Vaccination Hyderabad 1890-1903 - 1890-1903
Year: 1890
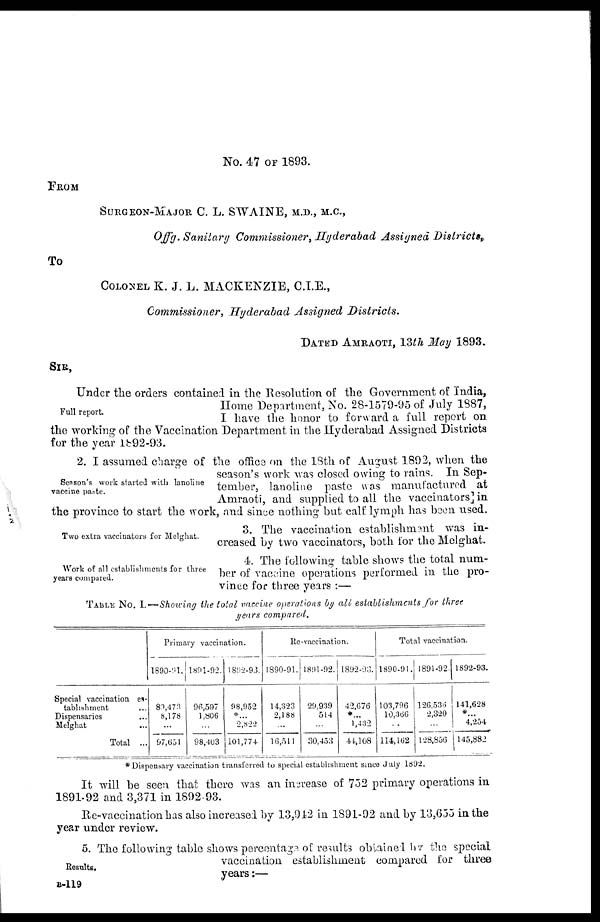
No. 47 OF 1893.
FROM
SURGEON-MAJOR C. L. SWAINE, M.D., M.C.,
Offg. Sanitary Commissioner, Hyderabad Assigned Districts,
To
COLONEL K. J. L. MACKENZIE, C.I.E.,
Commissioner, Hyderabad Assigned Districts.
DATED AMRAOTI, 13th May 1893.
SIR,
Full report.
Under the orders contained in the Resolution of the Government of India,
Home Department, No. 28-1579-95 of July 1887,
I have the honor to forward a full report on
the working of the Vaccination Department in the Hyderabad Assigned Districts
for the year 1892-93.
Season's work started with lanoline
vaccine paste.
2. I assumed charge of the office on the 18th of August 1892, when the
season's work was closed owing to rains. In Sep-
tember, lanoline paste was manufactured at
Amraoti, and supplied to all the vaccinators in
the province to start the work, and since nothing but calf lymph has been used.
Two extra vaccinators for Melghat.
3. The vaccination establishment was in-
creased by two vaccinators, both for the Melghat.
Work of all establishments for three
years compared.
4. The following table shows the total num-
ber of vaccine operations performed in the pro-
vince for three years :—
TABLE No. I.—Showing the total vaccine operations by all establishments for three
years compared.
Special vaccination es-
tablishment ...
Dispensaries ...
Melghat ...
Total ...
Primary vaccination.
1890-91.
80,473
8,178
...
97,651
1891-92.
96,597
1,806
...
98,403
1892-93.
98,952
*...
2,822
101,774
Re-vaccination.
1890-91.
14,323
2,188
...
16,511
1891-92.
29,939
514
...
30,453
1892-93.
42,676
*...
1,432
44,108
Total vaccination.
1890-91.
103,796
10,366
...
114,162
1891-92.
126,536
2,320
...
128,856
1892-93.
141,628
*...
4,254
145,882
* Dispensary vaccination transferred to special establishment since July 1892.
It will be seen that there was an increase of 752 primary operations in
1891-92 and 3,371 in 1892 93.
Re-vaccination has also increased by 13,942 in 1891-92 and by 13,655 in the
year under review.
Results.
5. The following table shows percentage of results obtained by the special
vaccination establishment compared for three
years:—
B-119